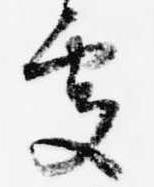
処